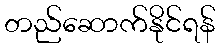
တည်ဆောက်နိုင်ရန်